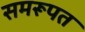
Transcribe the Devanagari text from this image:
समरूपत